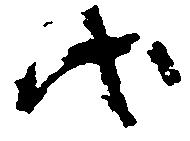
代